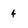
Character: 4